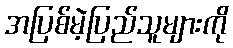
အပြစ်မဲ့ပြည်သူများကို